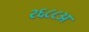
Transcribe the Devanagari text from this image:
२६८८अ